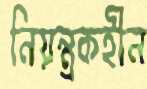
নিয়ন্ত্রকহীন